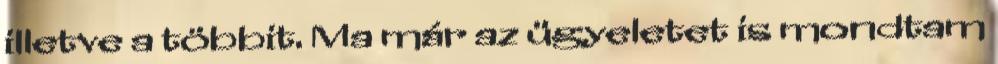
illetve a többit. Ma már az ügyeletet is mondtam